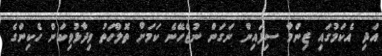
އަދި އެކަމުގައި ޒިންމާ ސިފައިން ނަގަން ނުޖެހޭނެ ކަމަށް ތޮލްހަތު ވިދާޅުވިކަން ހެކިންގެ